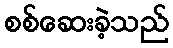
စစ်ဆေးခဲ့သည်